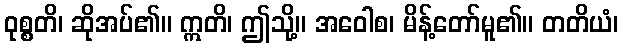
ဝုစ္စတိ၊ ဆိုအပ်၏။ ဣတိ၊ ဤသို့။ အဝေါစ၊ မိန့်တော်မူ၏။ တတိယံ၊